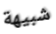
شبيهة